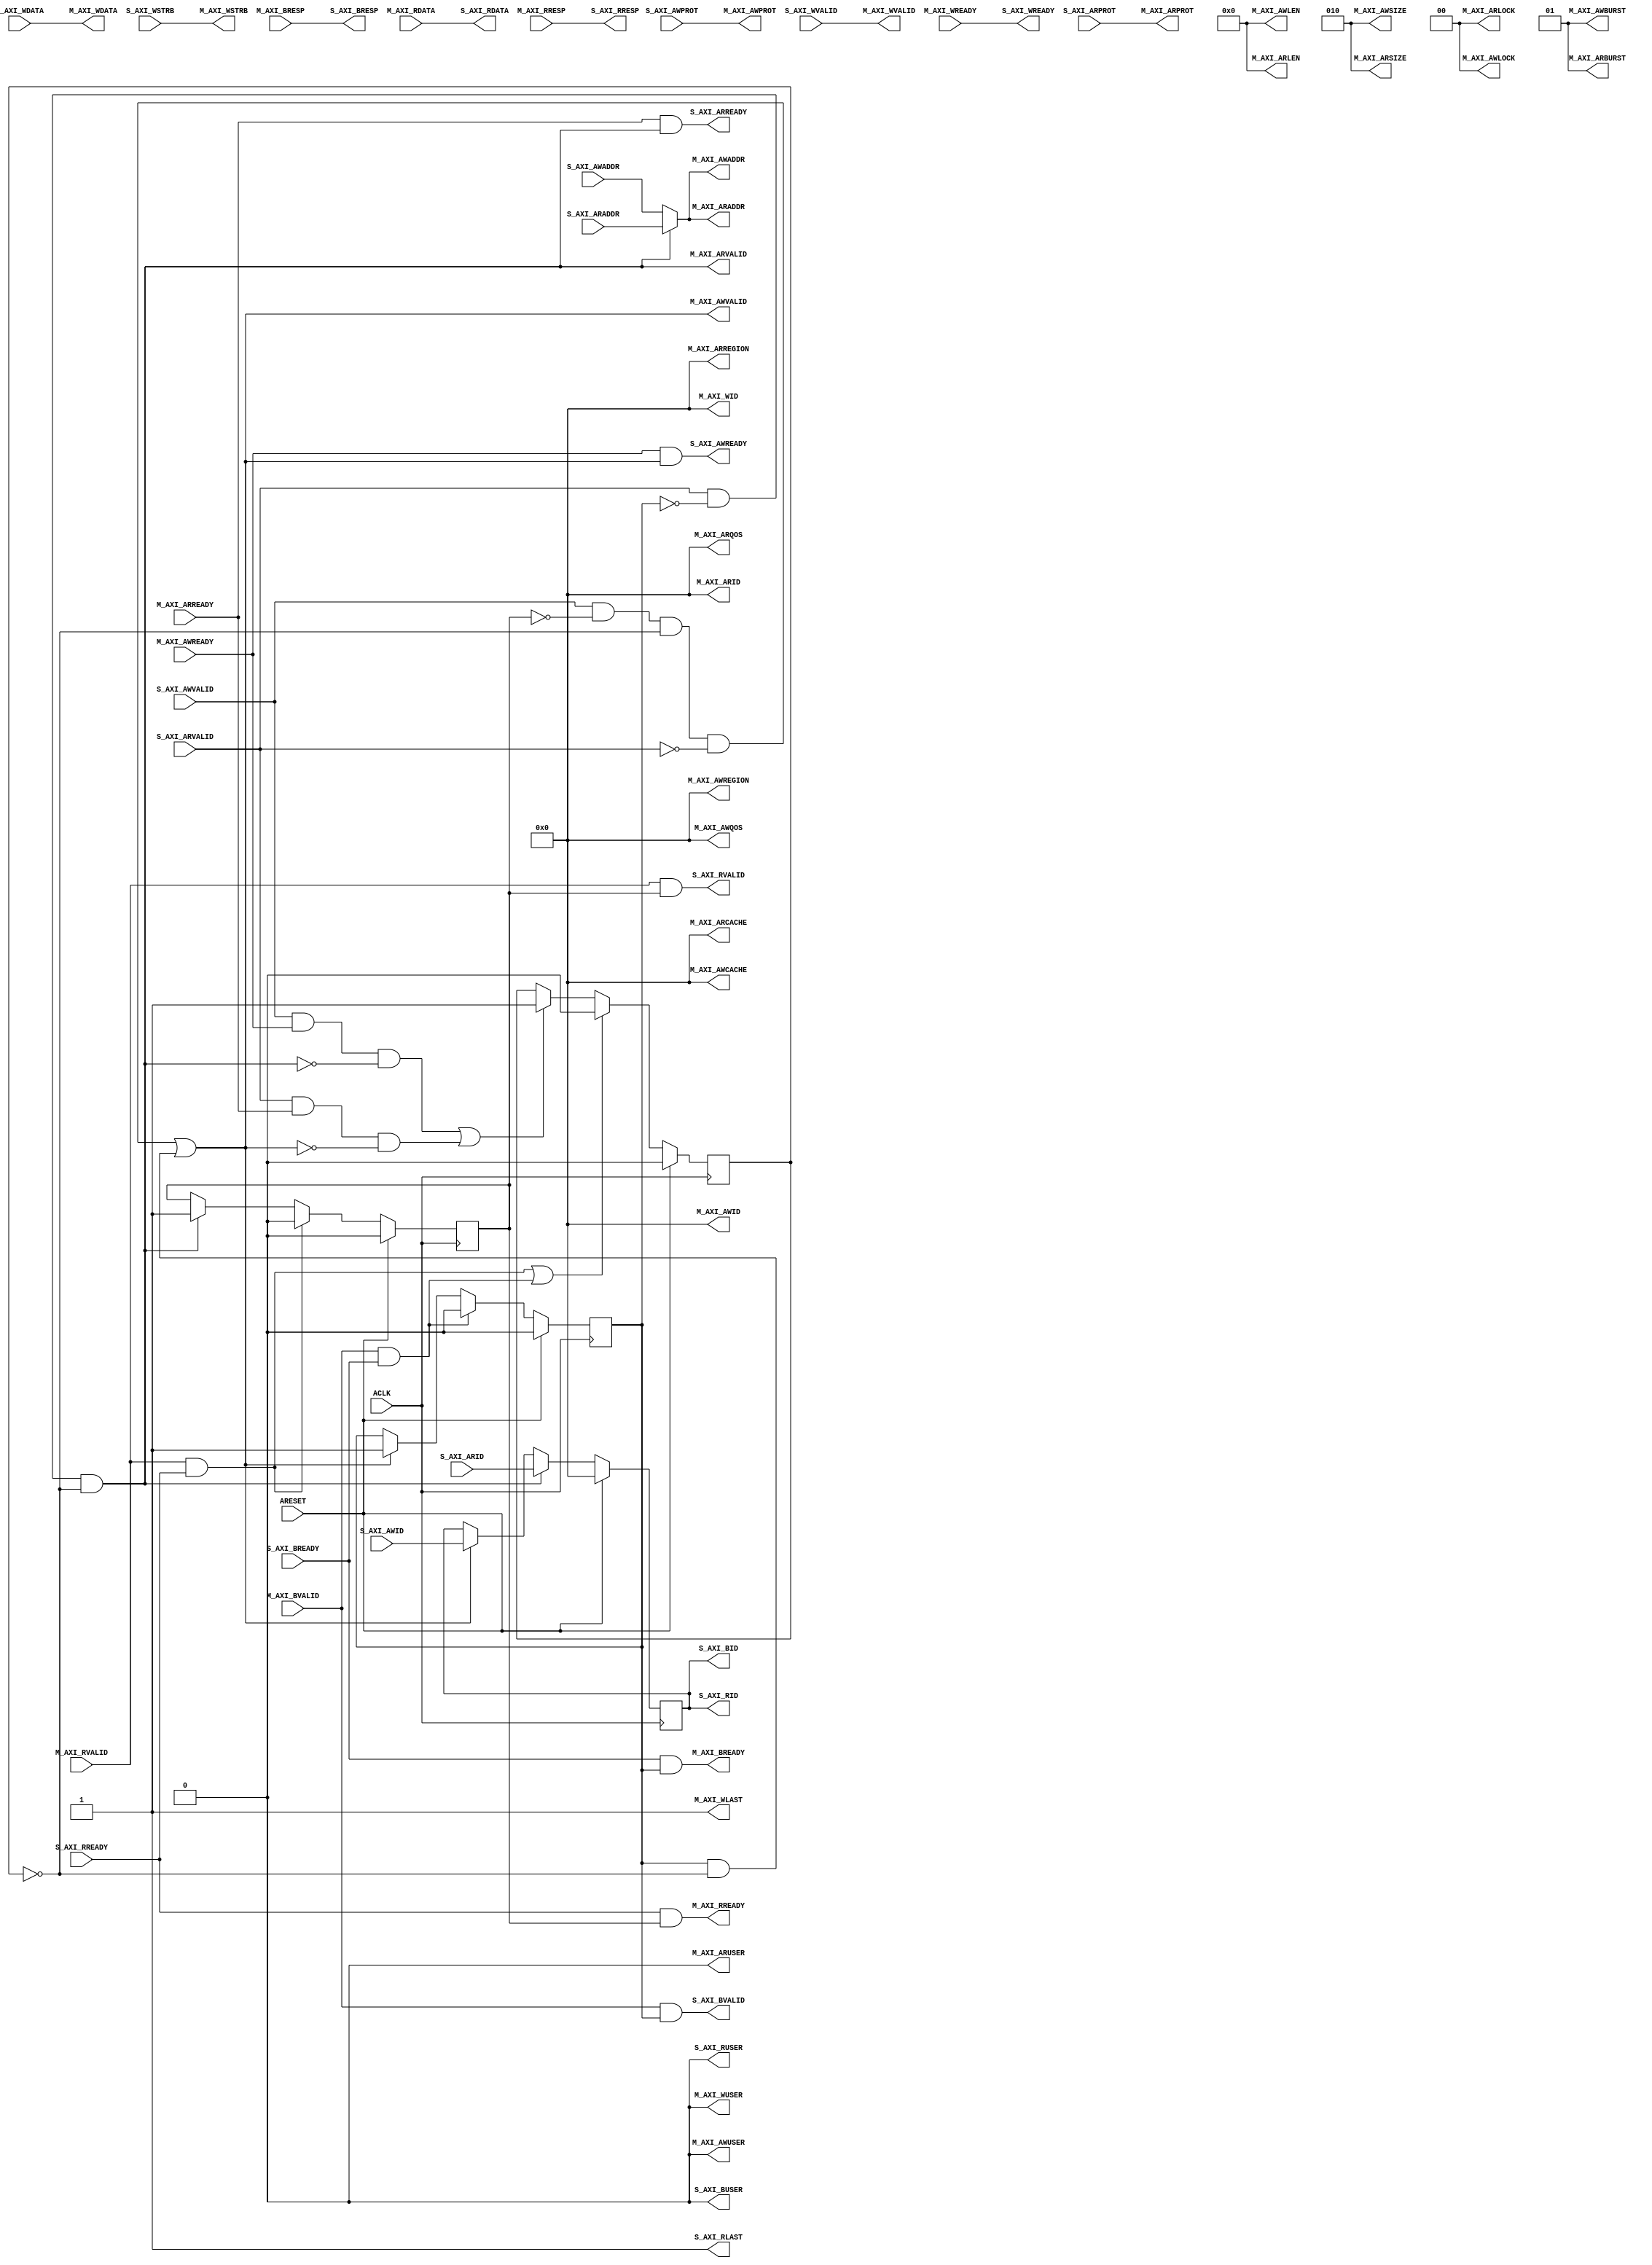
// -- (c) Copyright 2010 - 2011 Xilinx, Inc. All rights reserved.
// --
// -- This file contains confidential and proprietary information
// -- of Xilinx, Inc. and is protected under U.S. and 
// -- international copyright and other intellectual property
// -- laws.
// --
// -- DISCLAIMER
// -- This disclaimer is not a license and does not grant any
// -- rights to the materials distributed herewith. Except as
// -- otherwise provided in a valid license issued to you by
// -- Xilinx, and to the maximum extent permitted by applicable
// -- law: (1) THESE MATERIALS ARE MADE AVAILABLE "AS IS" AND
// -- WITH ALL FAULTS, AND XILINX HEREBY DISCLAIMS ALL WARRANTIES
// -- AND CONDITIONS, EXPRESS, IMPLIED, OR STATUTORY, INCLUDING
// -- BUT NOT LIMITED TO WARRANTIES OF MERCHANTABILITY, NON-
// -- INFRINGEMENT, OR FITNESS FOR ANY PARTICULAR PURPOSE; and
// -- (2) Xilinx shall not be liable (whether in contract or tort,
// -- including negligence, or under any other theory of
// -- liability) for any loss or damage of any kind or nature
// -- related to, arising under or in connection with these
// -- materials, including for any direct, or any indirect,
// -- special, incidental, or consequential loss or damage
// -- (including loss of data, profits, goodwill, or any type of
// -- loss or damage suffered as a result of any action brought
// -- by a third party) even if such damage or loss was
// -- reasonably foreseeable or Xilinx had been advised of the
// -- possibility of the same.
// --
// -- CRITICAL APPLICATIONS
// -- Xilinx products are not designed or intended to be fail-
// -- safe, or for use in any application requiring fail-safe
// -- performance, such as life-support or safety devices or
// -- systems, Class III medical devices, nuclear facilities,
// -- applications related to the deployment of airbags, or any
// -- other applications that could lead to death, personal
// -- injury, or severe property or environmental damage
// -- (individually and collectively, "Critical
// -- Applications"). Customer assumes the sole risk and
// -- liability of any use of Xilinx products in Critical
// -- Applications, subject only to applicable laws and
// -- regulations governing limitations on product liability.
// --
// -- THIS COPYRIGHT NOTICE AND DISCLAIMER MUST BE RETAINED AS
// -- PART OF THIS FILE AT ALL TIMES.
//-----------------------------------------------------------------------------
//
// Description: AxiLite Slave Conversion
//
// Verilog-standard:  Verilog 2001
//--------------------------------------------------------------------------
//
// Structure:
//   axilite_conv
//
//--------------------------------------------------------------------------
`timescale 1ps/1ps

module axilite_conv #
  (
   parameter         C_FAMILY                    = "virtex6",
   parameter integer C_AXI_ID_WIDTH              = 4,
   parameter integer C_AXI_ADDR_WIDTH            = 32,
   parameter integer C_AXI_DATA_WIDTH            = 32, // CONSTANT
   parameter integer C_AXI_SUPPORTS_WRITE        = 1,
   parameter integer C_AXI_SUPPORTS_READ         = 1,
   parameter integer C_AXI_AWUSER_WIDTH               = 1,
   parameter integer C_AXI_ARUSER_WIDTH               = 1,
   parameter integer C_AXI_WUSER_WIDTH                = 1,
   parameter integer C_AXI_RUSER_WIDTH                = 1,
   parameter integer C_AXI_BUSER_WIDTH                = 1
   )
  (
   // System Signals
   input  wire                          ACLK,
   input  wire                          ARESET,
   // Slave Interface Write Address Ports
   input  wire [C_AXI_ID_WIDTH-1:0]     S_AXI_AWID,
   input  wire [C_AXI_ADDR_WIDTH-1:0]   S_AXI_AWADDR,
   input  wire [3-1:0]                  S_AXI_AWPROT,
   input  wire                          S_AXI_AWVALID,
   output wire                          S_AXI_AWREADY,
   // Slave Interface Write Data Ports
   input  wire [C_AXI_DATA_WIDTH-1:0]   S_AXI_WDATA,
   input  wire [C_AXI_DATA_WIDTH/8-1:0] S_AXI_WSTRB,
   input  wire                          S_AXI_WVALID,
   output wire                          S_AXI_WREADY,
   // Slave Interface Write Response Ports
   output wire [C_AXI_ID_WIDTH-1:0]     S_AXI_BID,
   output wire [2-1:0]                  S_AXI_BRESP,
   output wire [C_AXI_BUSER_WIDTH-1:0]  S_AXI_BUSER,
   output wire                          S_AXI_BVALID,
   input  wire                          S_AXI_BREADY,
   // Slave Interface Read Address Ports
   input  wire [C_AXI_ID_WIDTH-1:0]     S_AXI_ARID,
   input  wire [C_AXI_ADDR_WIDTH-1:0]   S_AXI_ARADDR,
   input  wire [3-1:0]                  S_AXI_ARPROT,
   input  wire                          S_AXI_ARVALID,
   output wire                          S_AXI_ARREADY,
   // Slave Interface Read Data Ports
   output wire [C_AXI_ID_WIDTH-1:0]     S_AXI_RID,
   output wire [C_AXI_DATA_WIDTH-1:0]   S_AXI_RDATA,
   output wire [2-1:0]                  S_AXI_RRESP,
   output wire                          S_AXI_RLAST,    // Constant =1
   output wire [C_AXI_RUSER_WIDTH-1:0]  S_AXI_RUSER,
   output wire                          S_AXI_RVALID,
   input  wire                          S_AXI_RREADY,
   
   // Master Interface Write Address Port
   output wire [C_AXI_ID_WIDTH-1:0]     M_AXI_AWID,     // Constant =0
   output wire [C_AXI_ADDR_WIDTH-1:0]   M_AXI_AWADDR,
   output wire [8-1:0]                  M_AXI_AWLEN,    // Constant =0
   output wire [3-1:0]                  M_AXI_AWSIZE,   // Constant ='b010
   output wire [2-1:0]                  M_AXI_AWBURST,  // Constant =0
   output wire [2-1:0]                  M_AXI_AWLOCK,   // Constant =0
   output wire [4-1:0]                  M_AXI_AWCACHE,  // Constant =0
   output wire [3-1:0]                  M_AXI_AWPROT,
   output wire [4-1:0]                  M_AXI_AWREGION, // Constant =0
   output wire [4-1:0]                  M_AXI_AWQOS,    // Constant =0
   output wire [C_AXI_AWUSER_WIDTH-1:0] M_AXI_AWUSER,
   output wire                          M_AXI_AWVALID,
   input  wire                          M_AXI_AWREADY,
   // Master Interface Write Data Ports
   output wire [C_AXI_ID_WIDTH-1:0]     M_AXI_WID,      // Constant =0
   output wire [C_AXI_DATA_WIDTH-1:0]   M_AXI_WDATA,
   output wire [C_AXI_DATA_WIDTH/8-1:0] M_AXI_WSTRB,
   output wire                          M_AXI_WLAST,    // Constant =1
   output wire [C_AXI_WUSER_WIDTH-1:0]  M_AXI_WUSER,
   output wire                          M_AXI_WVALID,
   input  wire                          M_AXI_WREADY,
   // Master Interface Write Response Ports
   input  wire [2-1:0]                  M_AXI_BRESP,
   input  wire                          M_AXI_BVALID,
   output wire                          M_AXI_BREADY,
   // Master Interface Read Address Port
   output wire [C_AXI_ID_WIDTH-1:0]     M_AXI_ARID,     // Constant =0
   output wire [C_AXI_ADDR_WIDTH-1:0]   M_AXI_ARADDR,
   output wire [8-1:0]                  M_AXI_ARLEN,    // Constant =0
   output wire [3-1:0]                  M_AXI_ARSIZE,   // Constant ='b010
   output wire [2-1:0]                  M_AXI_ARBURST,  // Constant =0
   output wire [2-1:0]                  M_AXI_ARLOCK,   // Constant =0
   output wire [4-1:0]                  M_AXI_ARCACHE,  // Constant =0
   output wire [3-1:0]                  M_AXI_ARPROT,
   output wire [4-1:0]                  M_AXI_ARREGION, // Constant =0
   output wire [4-1:0]                  M_AXI_ARQOS,    // Constant =0
   output wire [C_AXI_ARUSER_WIDTH-1:0] M_AXI_ARUSER,
   output wire                          M_AXI_ARVALID,
   input  wire                          M_AXI_ARREADY,
   // Master Interface Read Data Ports
   input  wire [C_AXI_DATA_WIDTH-1:0]   M_AXI_RDATA,
   input  wire [2-1:0]                  M_AXI_RRESP,
   input  wire                          M_AXI_RVALID,
   output wire                          M_AXI_RREADY
  );

  localparam P_AXILITE_SIZE = 3'b010;
  localparam P_INCR = 2'b01;
  
  wire s_awvalid_i;
  wire s_arvalid_i;
  wire [31:0] m_axaddr;

  // Arbiter
  reg read_active;
  reg write_active;
  reg busy;

  wire read_req;
  wire write_req;
  wire read_complete;
  wire write_complete;
  
  assign s_awvalid_i = S_AXI_AWVALID & (C_AXI_SUPPORTS_WRITE != 0);
  assign s_arvalid_i = S_AXI_ARVALID & (C_AXI_SUPPORTS_READ != 0);

  assign read_req  = s_arvalid_i & ~write_active & ~busy;
  assign write_req = (s_awvalid_i & ~read_active & ~busy & ~S_AXI_ARVALID) | (write_active & ~busy);

  assign read_complete  = M_AXI_RVALID & S_AXI_RREADY;
  assign write_complete = M_AXI_BVALID & S_AXI_BREADY;

  always @(posedge ACLK) begin : arbiter_read_ff
    if (ARESET)
      read_active <= 1'b0;
    else if (read_complete)
      read_active <= 1'b0;
    else if (read_req)
      read_active <= 1'b1;
  end

  always @(posedge ACLK) begin : arbiter_write_ff
    if (ARESET)
      write_active <= 1'b0;
    else if (write_complete)
      write_active <= 1'b0;
    else if (write_req)
      write_active <= 1'b1;
  end

  always @(posedge ACLK) begin : arbiter_busy_ff
    if (ARESET)
      busy <= 1'b0;
    else if (read_complete | write_complete)
      busy <= 1'b0;
    else if ((s_awvalid_i & M_AXI_AWREADY & ~read_req) | (s_arvalid_i & M_AXI_ARREADY & ~write_req))
      busy <= 1'b1;
  end

  assign M_AXI_ARVALID = read_req;
  assign S_AXI_ARREADY = M_AXI_ARREADY & read_req;

  assign M_AXI_AWVALID = write_req;
  assign S_AXI_AWREADY = M_AXI_AWREADY & write_req;

  assign M_AXI_RREADY  = S_AXI_RREADY & read_active;
  assign S_AXI_RVALID  = M_AXI_RVALID & read_active;

  assign M_AXI_BREADY  = S_AXI_BREADY & write_active;
  assign S_AXI_BVALID  = M_AXI_BVALID & write_active;

  // Address multiplexer
  assign m_axaddr = (read_req | (C_AXI_SUPPORTS_WRITE == 0)) ? S_AXI_ARADDR : S_AXI_AWADDR;

  // Id multiplexer and flip-flop
  reg [C_AXI_ID_WIDTH-1:0] s_axid;

  always @(posedge ACLK) begin : axid
    if      (ARESET)    s_axid <= {C_AXI_ID_WIDTH{1'b0}};
    else if (read_req)  s_axid <= S_AXI_ARID;
    else if (write_req) s_axid <= S_AXI_AWID;
  end

  assign S_AXI_BID = s_axid;
  assign S_AXI_RID = s_axid;

  assign M_AXI_AWADDR = m_axaddr;
  assign M_AXI_ARADDR = m_axaddr;


  // Feed-through signals
  assign S_AXI_WREADY   = M_AXI_WREADY;
  assign S_AXI_BRESP    = M_AXI_BRESP;
  assign S_AXI_RDATA    = M_AXI_RDATA;
  assign S_AXI_RRESP    = M_AXI_RRESP;
  assign S_AXI_RLAST    = 1'b1;

  assign M_AXI_AWID     = {C_AXI_ID_WIDTH{1'b0}};
  assign M_AXI_AWLEN    = 8'b0;
  assign M_AXI_AWSIZE   = P_AXILITE_SIZE;
  assign M_AXI_AWBURST  = P_INCR;
  assign M_AXI_AWLOCK   = 2'b0;
  assign M_AXI_AWCACHE  = 4'b0;
  assign M_AXI_AWPROT   = S_AXI_AWPROT;
  assign M_AXI_AWREGION = 4'b0;
  assign M_AXI_AWQOS    = 4'b0;
  assign M_AXI_WVALID   = S_AXI_WVALID;
  assign M_AXI_WID      = {C_AXI_ID_WIDTH{1'b0}};
  assign M_AXI_WDATA    = S_AXI_WDATA;
  assign M_AXI_WSTRB    = S_AXI_WSTRB;
  assign M_AXI_WLAST    = 1'b1;
  assign M_AXI_ARID     = {C_AXI_ID_WIDTH{1'b0}};
  assign M_AXI_ARLEN    = 8'b0;
  assign M_AXI_ARSIZE   = P_AXILITE_SIZE;
  assign M_AXI_ARBURST  = P_INCR;
  assign M_AXI_ARLOCK   = 2'b0;
  assign M_AXI_ARCACHE  = 4'b0;
  assign M_AXI_ARPROT   = S_AXI_ARPROT;
  assign M_AXI_ARREGION = 4'b0;
  assign M_AXI_ARQOS    = 4'b0;
  assign S_AXI_BUSER    = {C_AXI_BUSER_WIDTH{1'b0}};
  assign S_AXI_RUSER    = {C_AXI_RUSER_WIDTH{1'b0}};
  assign M_AXI_AWUSER   = {C_AXI_AWUSER_WIDTH{1'b0}};
  assign M_AXI_WUSER    = {C_AXI_WUSER_WIDTH{1'b0}};
  assign M_AXI_ARUSER   = {C_AXI_ARUSER_WIDTH{1'b0}};

endmodule